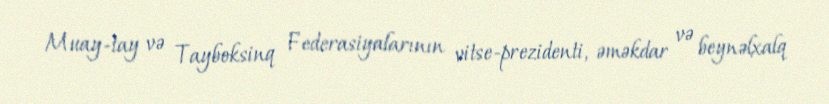
Muay-tay və Tayboksinq Federasiyalarının vitse-prezidenti, əməkdar və beynəlxalq